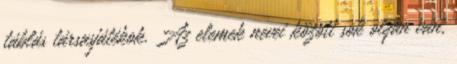
táblás társasjátékok. Az elemek nevei között sok olyan van,